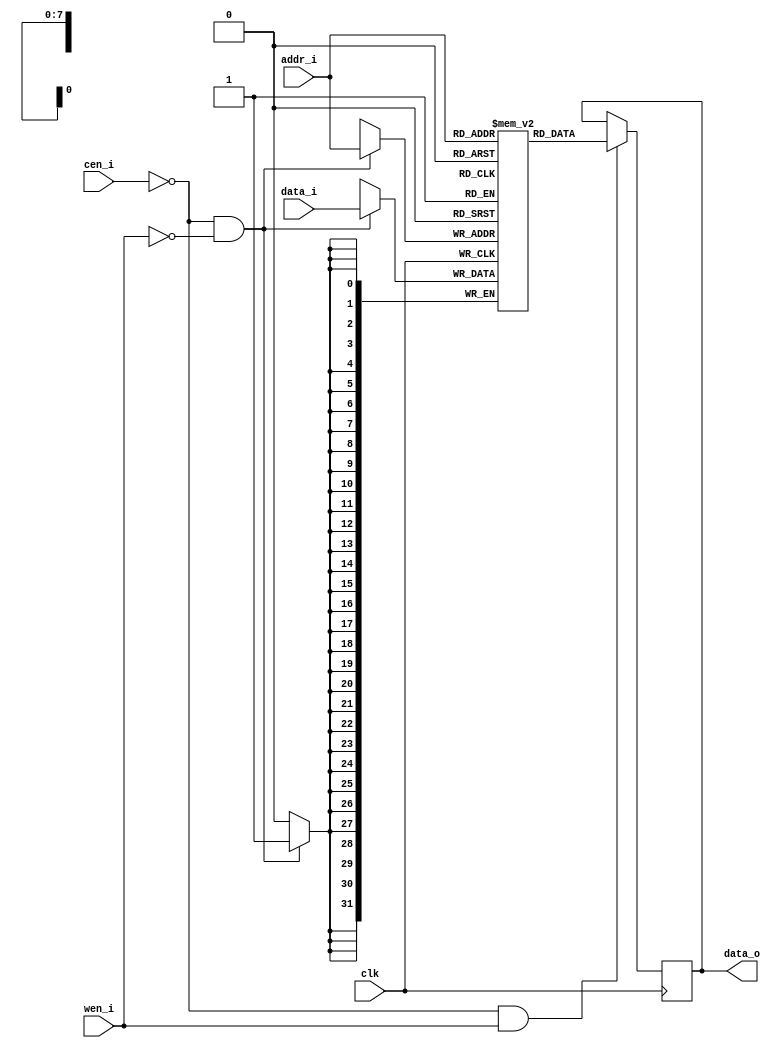
module rf_1p (
		        clk    ,
		        cen_i  ,
		        wen_i  ,
		        addr_i ,
		        data_i ,		
		        data_o		        
);

// ********************************************
//                                             
//    Parameter DECLARATION                    
//                                             
// ********************************************
parameter                 Word_Width = 32;
parameter                 Addr_Width = 8;

// ********************************************
//                                             
//    Input/Output DECLARATION                    
//                                             
// ********************************************
input                     clk;      // clock input
input   		          cen_i;    // chip enable, low active
input   		          wen_i;    // write enable, low active
input   [Addr_Width-1:0]  addr_i;   // address input
input   [Word_Width-1:0]  data_i;   // data input
output	[Word_Width-1:0]  data_o;   // data output

// ********************************************
//                                             
//    Register DECLARATION                 
//                                             
// ********************************************
reg    [Word_Width-1:0]   mem_array[(1<<Addr_Width)-1:0];

// ********************************************
//                                             
//    Wire DECLARATION                 
//                                             
// ********************************************
reg	   [Word_Width-1:0]  data_r;

// ********************************************
//                                             
//    Logic DECLARATION                 
//                                             
// ********************************************
// mem write
always @(posedge clk) begin                
	if(!cen_i && !wen_i)   
		mem_array[addr_i] <= data_i;    
end

// mem read
always @(posedge clk) begin 
	if (!cen_i && wen_i)
		data_r <= mem_array[addr_i];
	else
		data_r <= data_r;
end

assign data_o = data_r;

endmodule